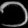
Digit: ၁